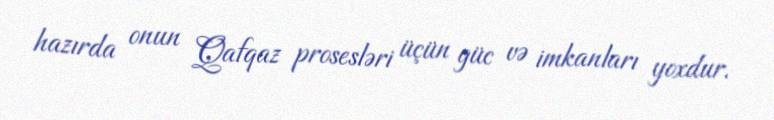
hazırda onun Qafqaz prosesləri üçün güc və imkanları yoxdur.